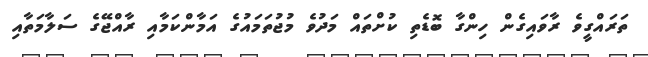
ތަރައްގީވެ ރާވައިގެން ހިންގާ ބޮޑެތި ކުށްތައް މަދުވެ މުޖުތަމައުގެ އަމާންކަމާއި ރާއްޖޭގެ ސަލާމަތާއި